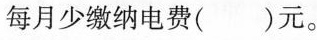
每月少缴纳电费( )元。